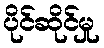
ပိုင်ဆိုင်မှု